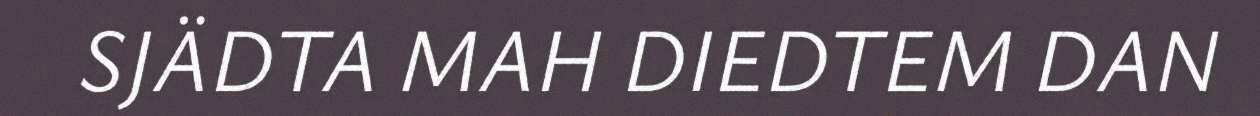
SJÄDTA MAH DIEDTEM DAN